Report of the Indian Hemp Drugs Commission, 1894-1895 - Volume V
Year: 1894
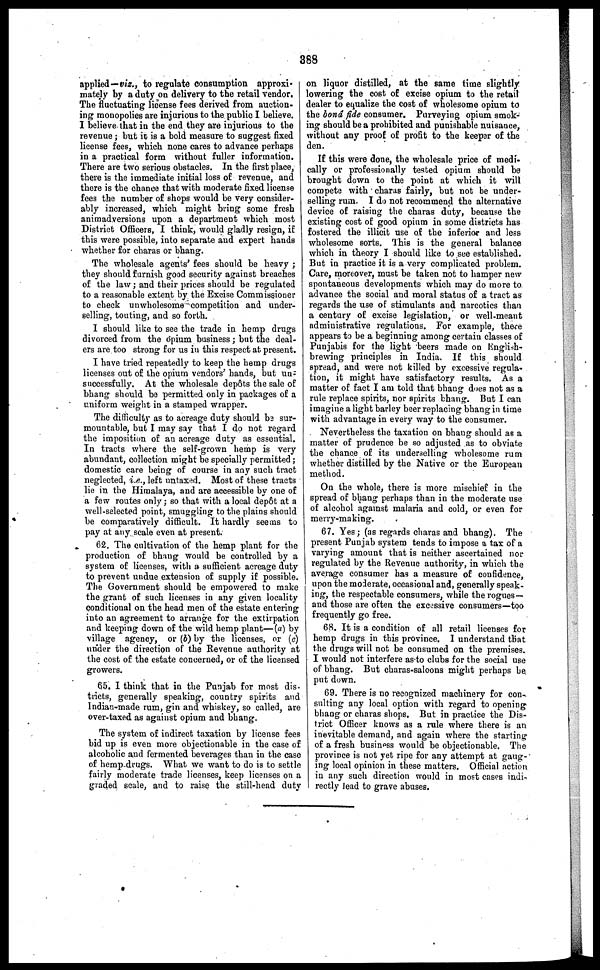
388
applied—viz., to regulate consumption approxi-
mately by a duty on delivery to the retail vendor.
The fluctuating license fees derived from auction-
ing monopolies are injurious to the public I believe.
I believe that in the end they are injurious to the
revenue; but it is a bold measure to suggest fixed
license fees, which none cares to advance perhaps
in a practical form without fuller information.
There are two serious obstacles. In the first place,
there is the immediate initial loss of revenue, and
there is the chance that with moderate fixed license
fees the number of shops would be very consider-
ably increased, which might bring some fresh
animadversions upon a department which most
District Officers, I think, would gladly resign, if
this were possible, into separate and expert hands
whether for charas or bhang.
The wholesale agents' fees should be heavy;
they should furnish good security against breaches
of the law; and their prices should be regulated
to a reasonable extent by the Excise Commissioner
to check unwholesome competition and under-
selling, touting, and so forth.
I should like to see the trade in hemp drugs
divorced from the opium business; but the deal-
ers are too strong for us in this respect at present.
I have tried repeatedly to keep the hemp drugs
licenses out of the opium vendors' hands, but un-
successfully. At the wholesale dep6ts the sale of
bhang should be permitted only in packages of a
uniform weight in a stamped wrapper.
The difficulty as to acreage duty should be sur-
mountable, but I may say that I do not regard
the imposition of an acreage duty as essential.
In tracts where the self-grown hemp is very
abundant, collection might be specially permitted;
domestic care being of course in any such tract
neglected, i.e., left untaxed. Most of these tracts
lie in the Himalaya, and are accessible by one of
a few routes only; so that with a local dep6t at a
well-selected point, smuggling to the plains should
be comparatively difficult. It hardly seems to
pay at any scale even at present.
62. The cultivation of the hemp plant for the
production of bhang would be controlled by a
system of licenses, with a sufficient acreage duty
to prevent undue extension of supply if possible.
The Government should be empowered to make
the grant of such licenses in any given locality
conditional on the head men of the estate entering
into an agreement to arrange for the extirpation
and keeping down of the wild hemp plant—(a) by
village agency, or (b) by the licenses, or (c)
under the direction of the Revenue authority at
the cost of the estate concerned, or of the licensed
growers.
65. I think that in the Punjab for most dis-
tricts, generally speaking, country spirits and
Indian-made rum, gin and whiskey, so called, are
over-taxed as against opium and bhang.
The system of indirect taxation by license fees
bid up is even more objectionable in the case of
alcoholic and fermented beverages than in the case
of hemp-drugs. What we want to do is to settle
fairly moderate trade licenses, keep licenses on a
graded scale, and to raise the still-head duty
on liquor distilled, at the same time slightly
lowering the cost of excise opium to the retail
dealer to equalize the cost of wholesome opium to
the bond fide consumer. Purveying opium smok-
ing should be a prohibited and punishable nuisance,
without any proof of profit to the keep3r of the
den.
If this were done, the wholesale price of medi-
cally or professionally tested opium should be
brought down to the point at which it will
compete with charas fairly, but not be under-
selling rum. I do not recommend the alternative
device of raising the charas duty, because the
existing cost of good opium in some districts has
fostered the illicit use of the inferior and less
wholesome sorts. This is the general balance
which in theory I should like to see established.
But in practice it is a very complicated problem.
Care, moreover, must be taken not to hamper new
spontaneous developments which may do more to
advance the social and moral status of a tract as
regards the use of stimulants and narcotics than
a century of excise legislation, or well-meant
administrative regulations. For example, there
appears to be a beginning among certain classes of
Punjabis for the light beers made on English-
brewing principles in India. If this should
spread, and were not killed by excessive regula-
tion, it might have satisfactory results. As a
matter of fact I am told that bhang does not as a
rule replace spirits, nor spirits bhang. But I can
imagine a light barley beer replacing bhang in time
with advantage in every way to the consumer.
Nevertheless the taxation on bhang should as a
matter of prudence be so adjusted as to obviate
the chance of its underselling wholesome rum
whether distilled by the Native or the European
method.
On the whole, there is more mischief in the
spread of bhang perhaps than in the moderate use
of alcohol against malaria and cold, or even for
merry-making.
67. Yes; (as regards charas and bhang). The
present Punjab system tends to impose a tax of a
varying amount that is neither ascertained nor
regulated by the Revenue authority, in which the
average consumer has a measure of confidence,
upon the moderate, occasional and, generally speak-
ing, the respectable consumers, while the rogues—
and those are often the excessive consumers—too
frequently go free.
68. It is a condition of all retail licenses for
hemp drugs in this province. I understand that
the drugs will not be consumed on the premises.
I would not interfere as to clubs for the social use
of bhang. But charas-saloons might perhaps he
put down.
69. There is no recognized machinery for con-
sulting any local option with regard to opening
bhang or charas shops. But in practice the Dis-
trict Officer knows as a rule where there is an
inevitable demand, and again where the starting
of a fresh business would be objectionable. The
province is not yet ripe for any attempt at gaug-
ing local opinion in these matters. Official action
in any such direction would in most cases indi-
rectly lead to grave abuses.